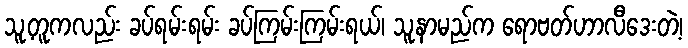
သူ့တူကလည်း ခပ်ရမ်းရမ်း ခပ်ကြမ်းကြမ်းရယ်၊ သူ့နာမည်က ရောဗတ်ဟာလီဒေးတဲ့၊